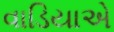
વાડિયાએ